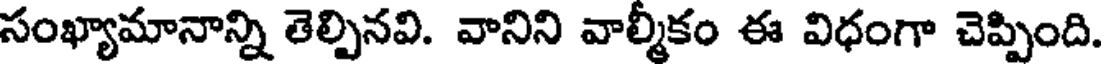
సంఖ్యామానాన్ని తెల్పినవి. వానిని వాల్మీకం ఈ విధంగా చెప్పింది.